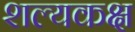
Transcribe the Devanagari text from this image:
शल्यकक्ष